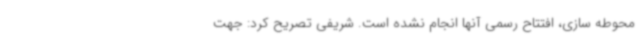
محوطه سازی، افتتاح رسمی آنها انجام نشده است. شریفی تصریح کرد: جهت